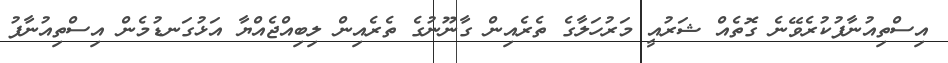
އިސްތިއުނާފުކުރެވޭނެ ގޮތެއް ޝަރުއީ މަރުހަލާގެ ތެރެއިން ގާނޫނުގެ ތެރެއިން ލިބިއްޖެއްޔާ އަޅުގަނޑުމެން އިސްތިއުނާފު